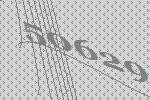
50629